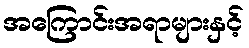
အကြောင်းအရာများနှင့်